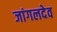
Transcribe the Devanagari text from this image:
जांगलदेव